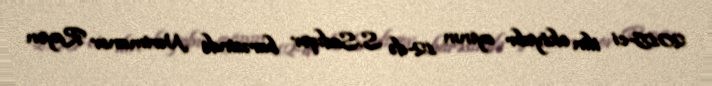
2015-ci ilin oktyabr ayının 12-də S.Sadıqov barəsində Nərimanov Rayon